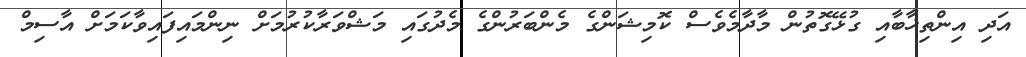
އަދި އިންތިޚާބާއި ގުޅޭގޮތުން މާދާމެވެސް ކޮމިޝަންގެ މެންބަރުންގެ މެދުގައި މަޝްވަރާކުރުމަށް ނިންމައިފައިވާކަމަށް އާސިމް